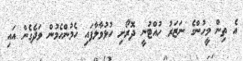
އެ ތިން މީހުންގެ ނަޒަރު ހުއްޓުނީ ދޮރޯށި ހުޅުވާލާފައި ހެމުންހެމުން ވަދެގެން އައި